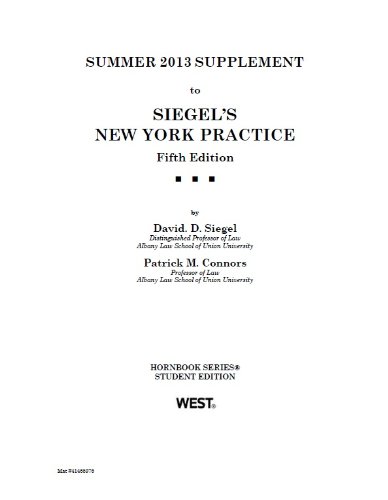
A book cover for New York Practice, 5th, Student Edition, Summer 2013 Supplement (Hornbook Series); David Siegel; Law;